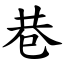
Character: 巷